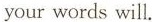
your words will.